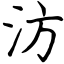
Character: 汸